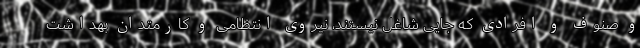
و صنوف و افرادی که جایی شاغل نیستند، نیروی انتظامی و کارمتدان بهداشت